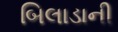
બિલાડાની